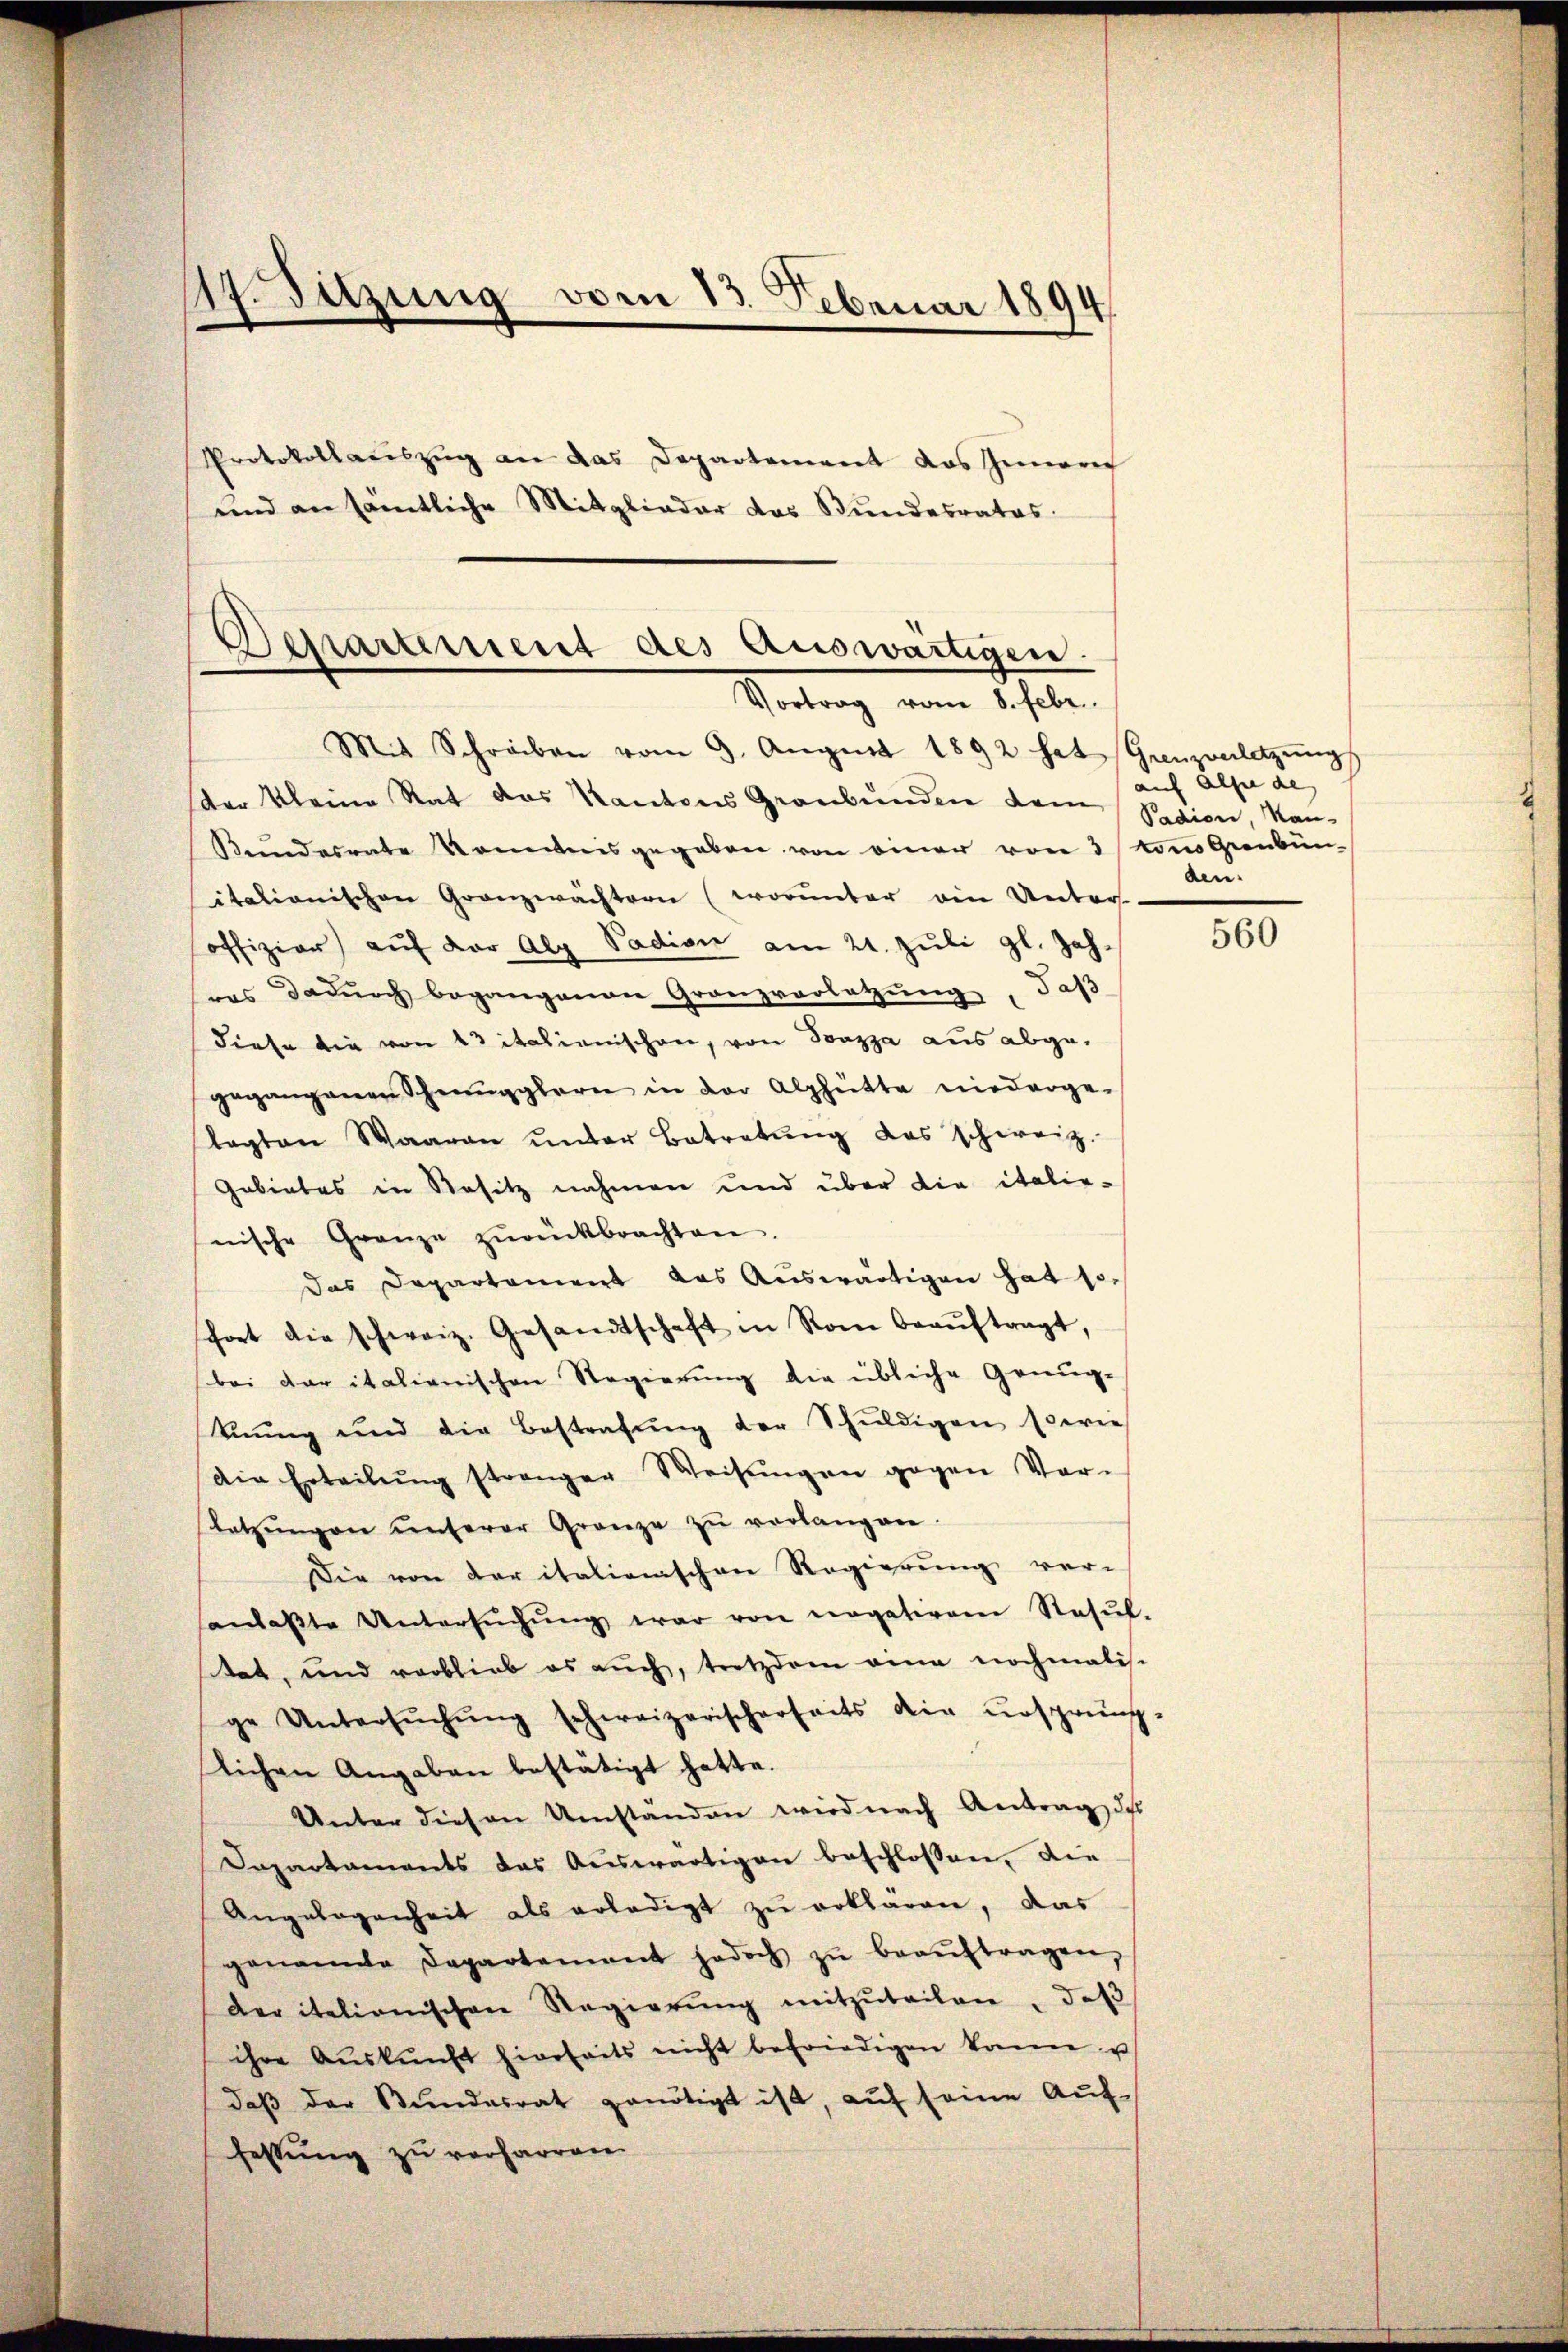
47. Sitzung vom 13. Februar 1894
Protokollaŭszŭg an das Departement das Innern
und an sämtliche Mitglieder das Bundesrates.

Bepartement des Auswärtigen.
Vortrag vom 8. Febr.

Mit Schreiben vom 9. Aŭgŭst 1892 hat Ganzenletzŭngs
der kleine Rat das Kantons Graubünden dem Pedion, Kan-
Kundesrate kommnis gegeben von einer von 3 von Graubünitationischen Granzwächtern (worunter ein Unter.
offizier aŭf der Alp Padion am 21. Jŭli gl. Jah-
ros dadŭrch begangenen Granzvorletzŭng, daß
diese die von 23 italienischen, von Sonzza aus abgegegangenen Scheungglern in der Alphütte niederge-
lagten Waaren ŭnter Betretŭng das schweiz.
Gebietes in Besitz nahmen und über die italie-
nische Gränze zŭrückbrachten.
das Departament das Aŭswärtigen hat sofort die schweiz. Gesandtschaft in Rom beaŭftragt,
(bei der italienischen Regierung die übliche Genug-
knung und die Bestrafŭng der Schŭldigen sowie
Die Erteilŭng strenger Weisŭngen gegen Vor-
letzŭngen ŭnterer Gränze zŭ verlangen.
Die von der italienischen Regierung voranlaβte Untersŭchŭng war von negativem Resŭl-
stat, und verblieb es auch, trotzdem eine nochmalis-
ge Untersŭchŭng schweizerischerseits die ursprüng-
lichen Angaben bestätigt hatte.
Unter diesen Umständen wird nach Antrag des
Departaments das Auswärtigen beschlossen, die
Angelegenheit als erledigt zu erklären, das
genannte Departement jedoch zŭ beaŭftragen,
der italionischen Regierŭng mitzuteilen, daß
ihre Aŭskŭnft hierseits nicht befriedigen kann u
daβ der Bŭndesrat genötigt ist, aŭf seine Aŭf-
fessung zu verharren.

auf als de
den.

560